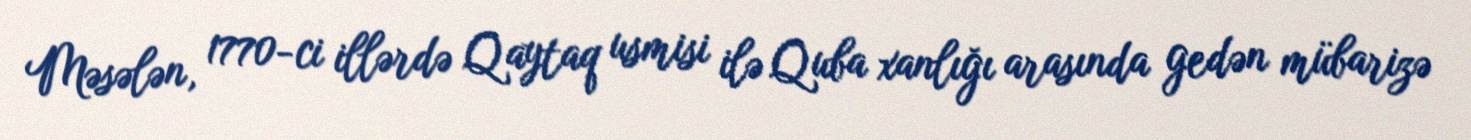
Məsələn, 1770-ci illərdə Qaytaq usmisi ilə Quba xanlığı arasında gedən mübarizə